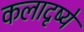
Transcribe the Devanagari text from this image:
कलादृष्ये